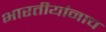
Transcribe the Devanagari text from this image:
भारतीयांनाच